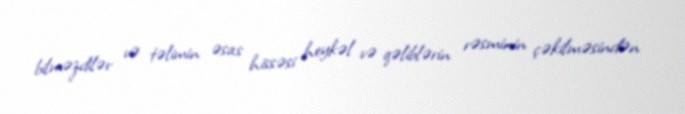
bilməzdilər və təlimin əsas hissəsi heykəl və qəliblərin rəsminin çəkilməsindən